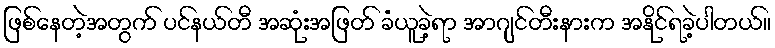
ဖြစ်နေတဲ့အတွက် ပင်နယ်တီ အဆုံးအဖြတ် ခံယူခဲ့ရာ အာဂျင်တီးနားက အနိုင်ရခဲ့ပါတယ်။